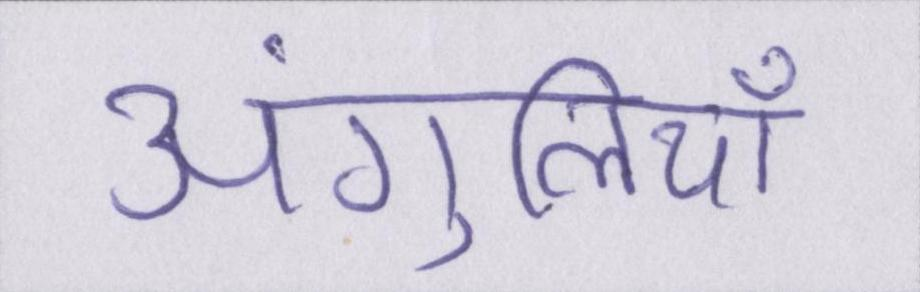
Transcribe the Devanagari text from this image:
अंगुलियाँ